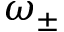
\omega _ { \pm }